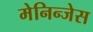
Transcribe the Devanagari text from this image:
मेनिन्जेस